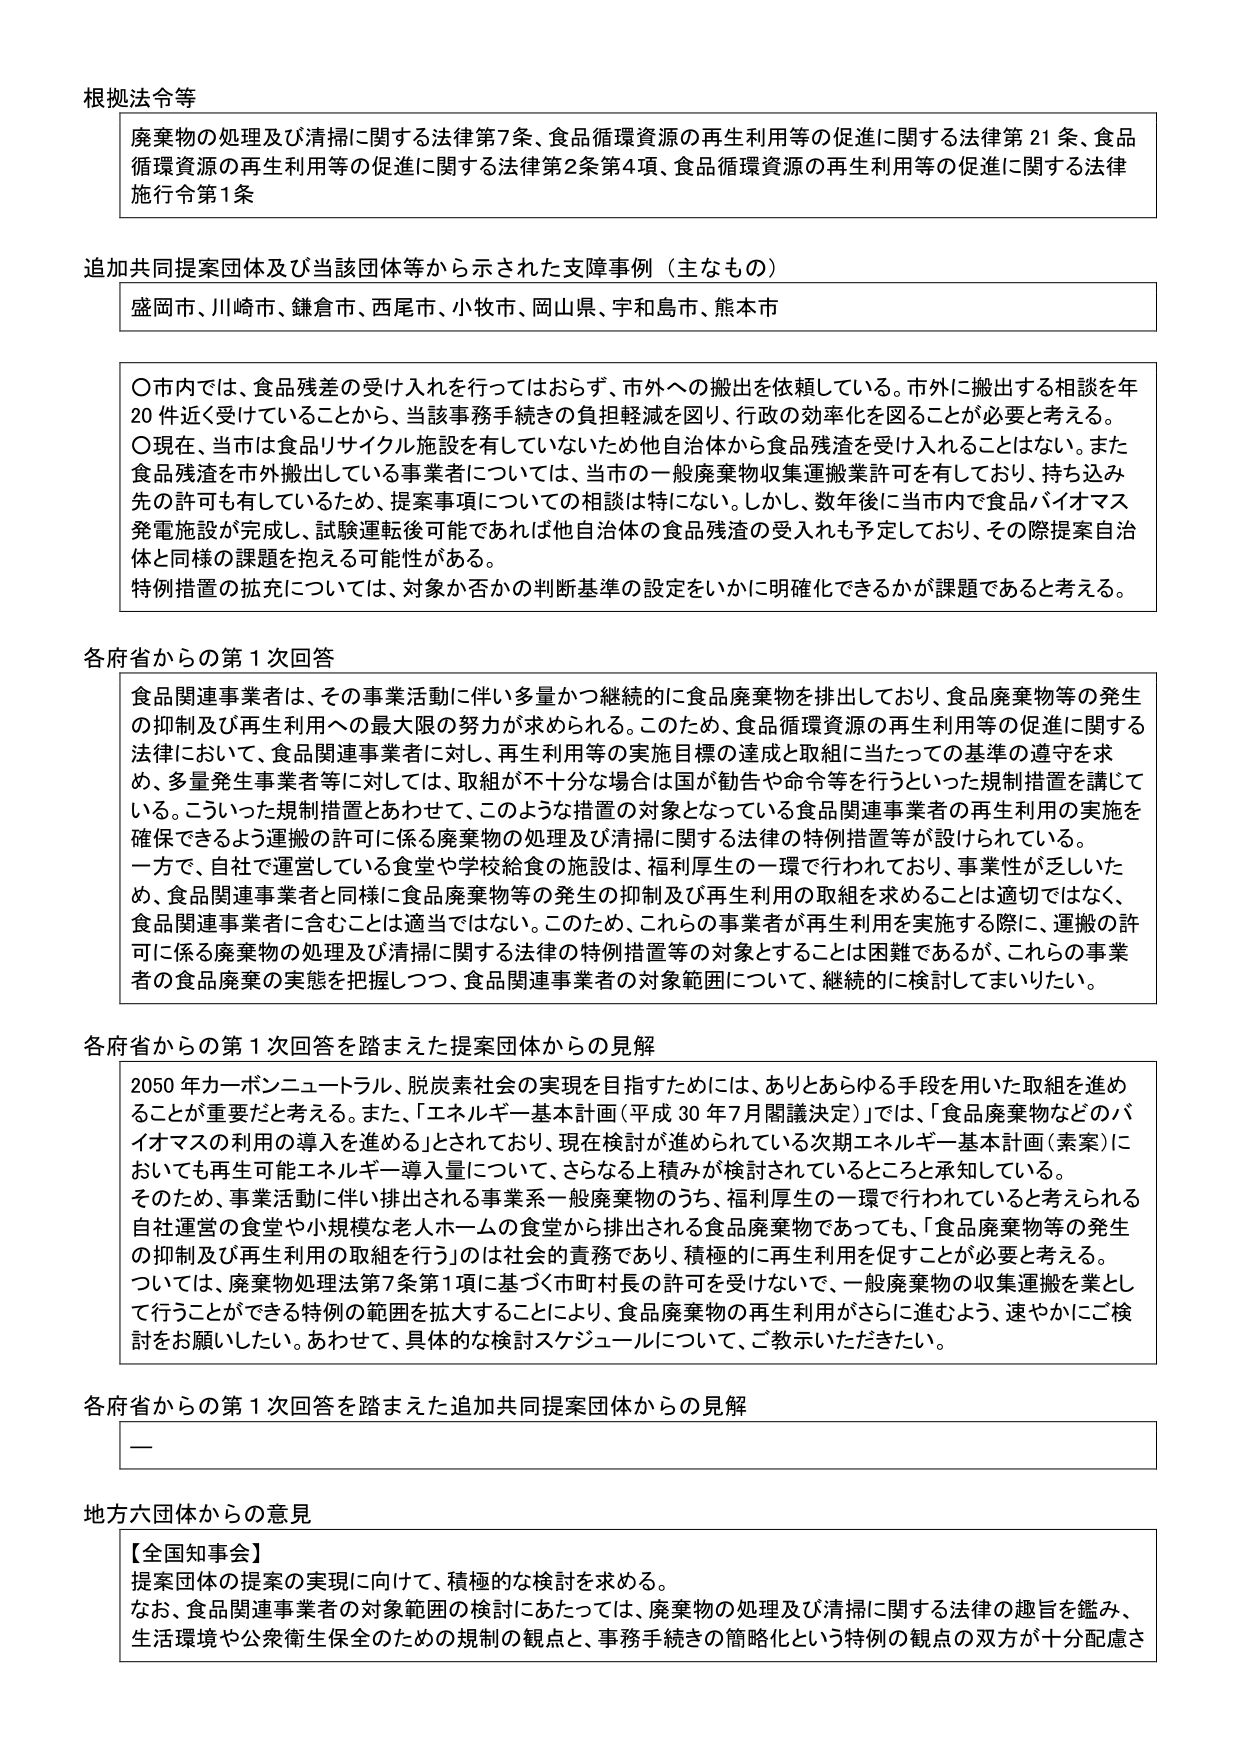
根拠法令等
廃棄物の処理及び清掃に関する法律第7条、食品循環資源の再生利用等の促進に関する法律第21条、食品循環資源の再生利用等の促進に関する法律第2条第4項、食品循環資源の再生利用等の促進に関する法律施行令第1条

追加共同提案団体及び当該団体等から示された支援事例（主なもの）
盛岡市、川崎市、鎌倉市、西尾市、小牧市、岡山県、宇和島市、熊本市

〇市内では、食品残差の受け入れを行ってはおらず、市外への搬出を依頼している。市外に搬出する相談を年20件近く受けていることから、当該事務手続きの負担軽減を図り、行政の効率化を図ることが必要と考える。
〇現在、当市は食品リサイクル施設を有していないため他自治体から食品残渣を受け入れることはない。また食品残渣を市外搬出している事業者については、当市の一般廃棄物収集運搬業許可を有しており、持ち込み先の許可も有しているため、提案事項についての相談は特にない。しかし、数年後に当市内で食品バイオマス発電施設が完成し、試験運転後可能であれば他自治体の食品残渣の受入れも予定しており、その際提案自治体と同様の課題を抱える可能性がある。
特別措置の拡充については、対象か否かの判断基準の設定をいかに明確化できるかが課題であると考える。

各府省からの第1次回答
食品関連事業者は、その事業活動に伴い多量かつ継続的に食品廃棄物を排出しており、食品廃棄物等の発生の抑制及び再生利用への最大限の努力が求められる。このため、食品循環資源の再生利用等の促進に関する法律において、食品関連事業者に対し、再生利用等の実施目標の達成と取組に当たっての基準の遵守を求め、多量発生事業者等に対しては、取組が不十分な場合は国が勧告や命令等を行うといった規制措置を講じている。こういった規制措置とあわせて、このような措置の対象となっている食品関連事業者の再生利用の実施を確保できるよう運搬の許可に係る廃棄物の処理及び清掃に関する法律の特例措置等が設けられている。
一方で、自社で運営している食堂や学校給食の施設は、福利厚生の一環で行われており、事業性が乏しいため、食品関連事業者と同様に食品廃棄物等の発生の抑制及び再生利用の取組を求めることは適切ではなく、食品関連事業者に含むことは適当ではない。このため、これらの事業者が再生利用を実施する際には、運搬の許可に係る廃棄物の処理及び清掃に関する法律の特例措置等の対象とすることは困難であるが、これらの事業者の食品廃棄の実態を把握しつつ、食品関連事業者の対象範囲について、継続的に検討してまいりたい。

各府省からの第1次回答を踏まえた提案団体からの見解
2050年カーボンニュートラル、脱炭素社会の実現を目指すためには、ありとあらゆる手段を用いた取組を進めることが重要だと考える。また、「エネルギー基本計画（平成30年7月閣議決定）」では、「食品廃棄物などのバイオマスの利用の導入を進める」とされており、現在検討が進められている次期エネルギー基本計画（素案）においても再生可能エネルギー導入量について、さらなる上積みが検討されているところと承知している。
そのため、事業活動に伴い排出される事業系一般廃棄物のうち、福利厚生の一環で行われていると考えられる自社運営の食堂や小規模な老人ホームの食堂から排出される食品廃棄物であっても、「食品廃棄物等の発生の抑制及び再生利用の取組を行う」のは社会的責務であり、積極的に再生利用を促すことが必要と考える。
ついては、廃棄物処理法第7条第1項に基づく市町村長の許可を受けないで、一般廃棄物の収集運搬を業として行うことができる特例の範囲を拡大することにより、食品廃棄物の再生利用がさらに進むよう、速やかにご検討をお願いしたい。あわせて、具体的な検討スケジュールについて、ご教示いただきたい。

各府省からの第1次回答を踏まえた追加共同提案団体からの見解
ー

地方六団体からの意見
【全国知事会】
提案団体の提案の実現に向けて、積極的な検討を求める。
なお、食品関連事業者の対象範囲の検討にあたっては、廃棄物の処理及び清掃に関する法律の趣旨を鑑み、生活環境や公衆衛生保全のための規制の観点と、事務手続きの簡略化という特例の観点の双方が十分配慮さ